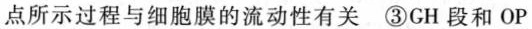
点所示过程与细胞膜的流动性有关 ③GH段和OP